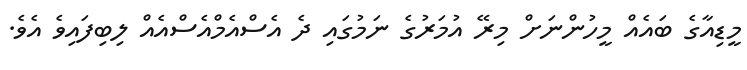
މީޑިއާގެ ބައެއް މީހުންނަށް މިރޭ އުމަރުގެ ނަމުގައި ދެ އެސްއެމްއެސްއެއް ލިބިފައިވެ އެވެ.